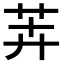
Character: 𬜦